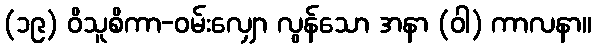
(၁၉) ဝိသူစိကာ-ဝမ်းလျှော လွန်သော အနာ (ဝါ) ကာလနာ။